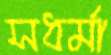
সধর্মা